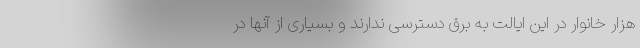
هزار خانوار در این ایالت به برق دسترسی ندارند و بسیاری از آنها در